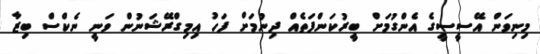
މިނިވަން އޭސީސީގެ އެންގުމަށް ބީރުކަންފަތެއް ދިނުމަށް ފަހު އިމިގްރޭޝަނުން ވަނީ ނެކްސް ބިޒާ